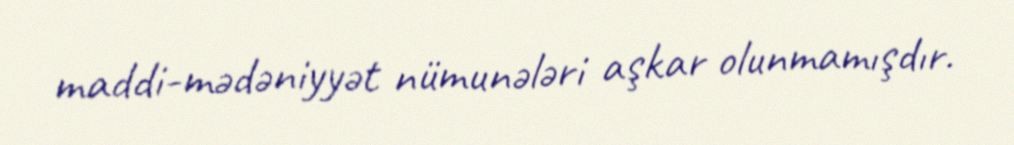
maddi-mədəniyyət nümunələri aşkar olunmamışdır.